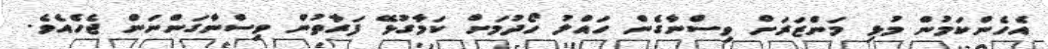
އެހެންކަމުން މުޅި މަންޒަރަށް ވިސްނާގެން ހައްލު ހޯދުމަށް ކަމާގުޅޭ ފަރާތުން ވިސްނާގަންނަން ޖެހެއެވެ.